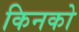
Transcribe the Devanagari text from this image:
किनको